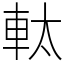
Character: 軚